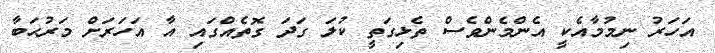
އަހަރު ނިމުމާއެކީ އެންމެންވެސް ތެޅިގަތީ ކުލަ ގަދަ ގޮތެއްގައި އާ އަހަރަށް މަރުޙަބާ